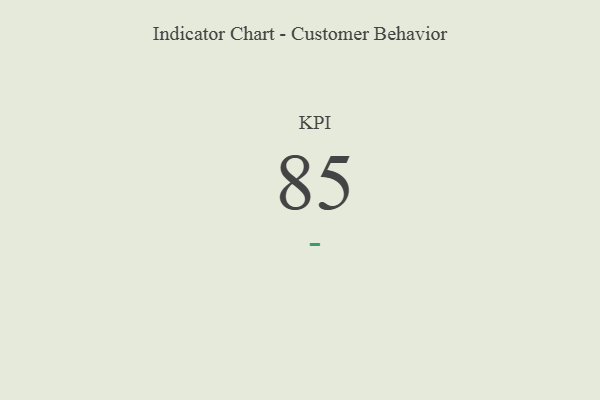
{"axis": {"x": "KPI", "y": "Value"}, "legend": [""], "data": [{"x": "KPI", "y": 85, "type": ""}]}